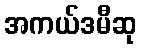
အကယ်ဒမီဆု